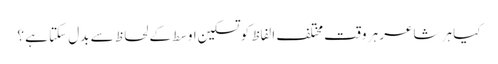
کیا ہر شاعر ہر وقت مختلف الفاظ کو تسکین اوسط کے لحاظ سے بدل سکتا ہے ؟